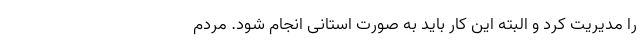
را مدیریت کرد و البته این کار باید به صورت استانی انجام شود. مردم